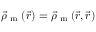
\vec { \rho } _ { \textrm { m } } ( \vec { r } ) = \vec { \rho } _ { \textrm { m } } ( \vec { r } , \vec { r } )